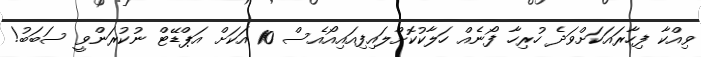
ވިއްކާ ފިހާރައަކަށްވަދެ ހުރިހާ ފޯނެއް ހަލާކުކޮށްލައިފިއައިއޯއެސް 10 އަކަށް އަޕްޑޭޓް ނުކުރަންވީ ސަބަބު!